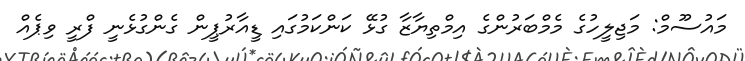
މައުސޫމް: މަޖިލީހުގެ މެމްބަރުންގެ އިމްތިޔާޒާ ގުޅޭ ކަންކަމުގައި ޑީއާރުޕީން ގެންގުޅެނީ ފްރީ ވިޕެއް